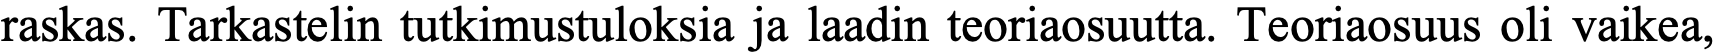
raskas. Tarkastelin tutkimustuloksia ja laadin teoriaosuutta. Teoriaosuus oli vaikea,